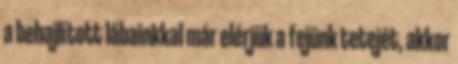
a behajlított lábainkkal már elérjük a fejünk tetejét, akkor